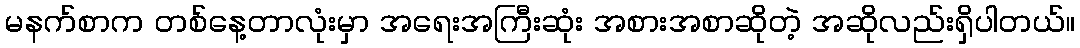
မနက်စာက တစ်နေ့တာလုံးမှာ အရေးအကြီးဆုံး အစားအစာဆိုတဲ့ အဆိုလည်းရှိပါတယ်။